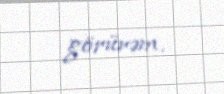
görürəm.